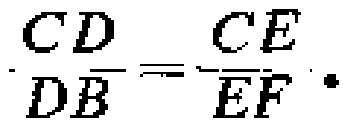
\(\frac{CD}{DB}=\frac{CE}{EF}.\)